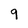
Character: 9